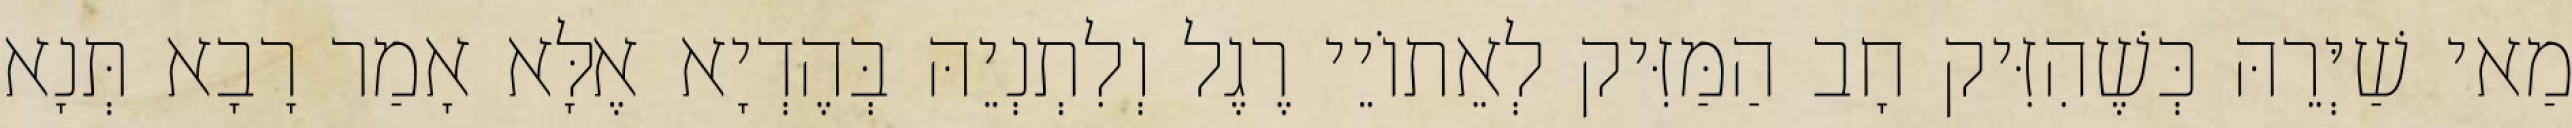
מַאי שַׁיְּרֵהּ כְּשֶׁהִזִּיק חָב הַמַּזִּיק לְאֵתוֹיֵי רֶגֶל וְלִתְנְיֵהּ בְּהֶדְיָא אֶלָּא אָמַר רָבָא תְּנָא